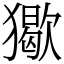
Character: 𤢔